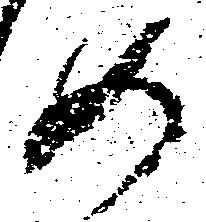
め